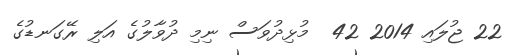
22 ޖުލައި 2014 42  މުޅިދުވަސް ނިމި ދުވާލުގެ އަލި ރޭގަނޑުގެ